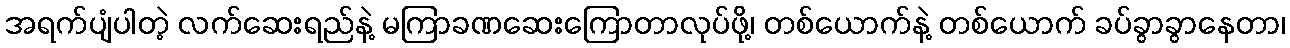
အရက်ပျံပါတဲ့ လက်ဆေးရည်နဲ့ မကြာခဏဆေးကြောတာလုပ်ဖို့၊ တစ်ယောက်နဲ့ တစ်ယောက် ခပ်ခွာခွာနေတာ၊